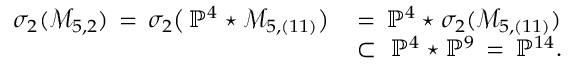
\begin{array} { r l } { \sigma _ { 2 } ( \mathcal { M } _ { 5 , 2 } ) \, = \, \sigma _ { 2 } \bigl ( \, \mathbb { P } ^ { 4 } \star \mathcal { M } _ { 5 , ( 1 1 ) } \bigr ) \, } & { = \, \mathbb { P } ^ { 4 } \star \sigma _ { 2 } ( \mathcal { M } _ { 5 , ( 1 1 ) } ) \, \, } \\ & { \subset \, \, \mathbb { P } ^ { 4 } \star \mathbb { P } ^ { 9 } \, = \, \mathbb { P } ^ { 1 4 } . } \end{array}